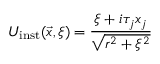
U _ { \mathrm { i n s t } } ( \vec { x } , \xi ) = \frac { \xi + i \tau _ { j } x _ { j } } { \sqrt { r ^ { 2 } + \xi ^ { 2 } } }